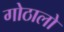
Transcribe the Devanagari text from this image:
गोठालो